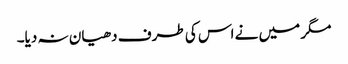
مگر میں نے اس کی طرف دھیان نہ دیا۔